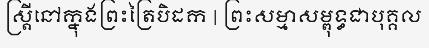
ស្ត្រីនៅក្នុងព្រះត្រៃបិដក | ព្រះសម្មាសម្ពុទ្ធជាបុគ្គល